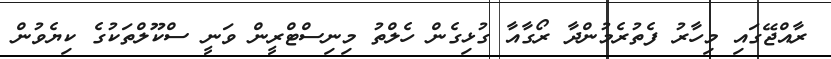
ރާއްޖޭގައި މިހާރު ފެތުރެމުންދާ ރޯގާއާ ގުޅިގެން ހެލްތު މިނިސްޓްރީން ވަނީ ސްކޫލްތަކުގެ ކިޔެވުން